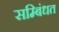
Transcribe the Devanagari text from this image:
सम्बिंधत